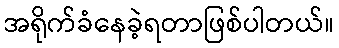
အရိုက်ခံနေခဲ့ရတာဖြစ်ပါတယ်။